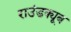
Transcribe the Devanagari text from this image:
राउंडक्यूब